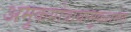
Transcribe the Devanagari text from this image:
अमुकगोत्रायामुकशर्मण्